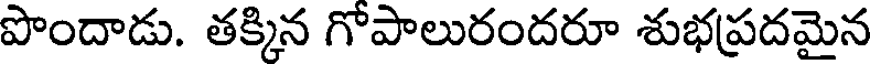
పొందాడు. తక్కిన గోపాలురందరూ శుభప్రదమైన